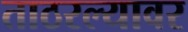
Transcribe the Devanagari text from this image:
ताठरल्यावर